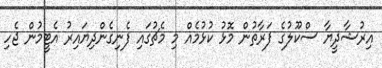
އިރުޝާދީޔާ ސްކޫލުގެ ފަރާތުން މޮޅު ކުޅުމެއް މި މެޗުގައި ފެނިގެންދިޔައިރު އެޓީމުން ޖެހި